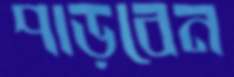
পাড়বেন